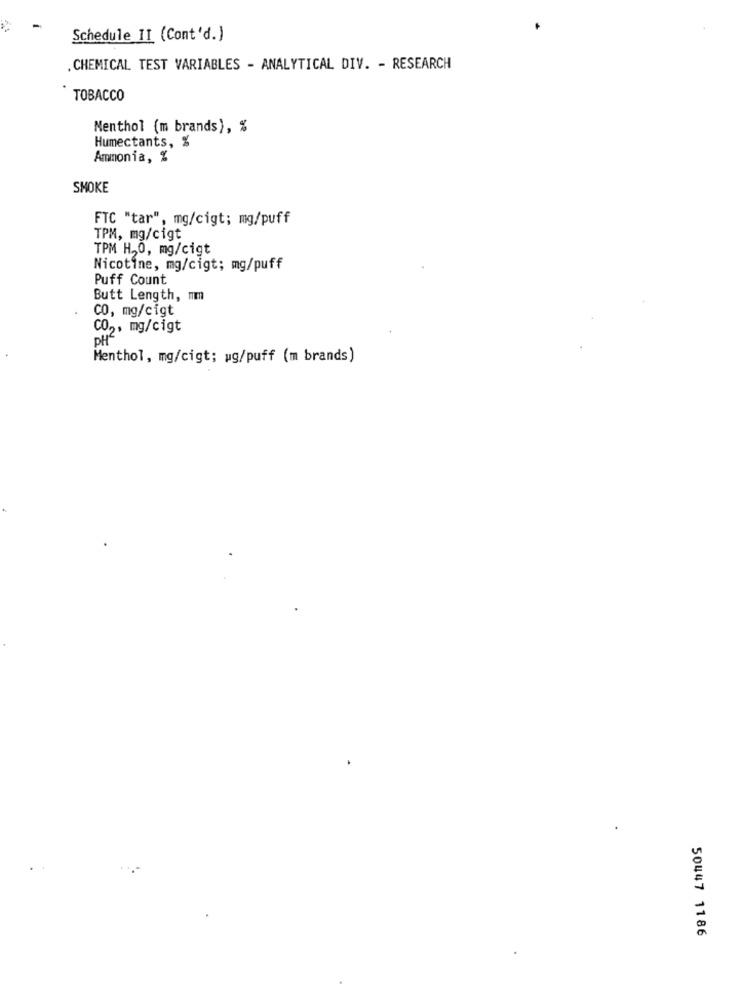
Schedule II (Cont'd.)
. CHEMICAL TEST VARIABLES - ANALYTICAL DIV. - RESEARCH
TOBACCO
Menthol (m brands), %
Humectants, %
Ammonia, %
SMOKE
FTC "tar", mg/cigt; mg/puff
TPM, mg/cigt
TPM H2O, mg/cigt
Nicotine, mg/cigt; mg/puff
Puff Count
Butt Length, mm
CO, mg/cigt
CO2, mg/cigt
OH ? '
Menthol, mg/cigt; ug/puff (m brands)
50447 1186